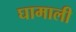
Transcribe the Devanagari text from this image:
घामाली